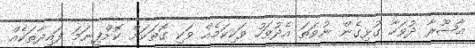
ޢާޝޫރާ ދުވަހާ ގުޅިގެން ނުވަތަ އެދުވަހު ވަކިކަމެއް ވަކި ގޮތަކަށް ކޮށްފިނަމަ ފައިދާތަކެއް